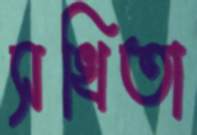
সখিতা